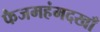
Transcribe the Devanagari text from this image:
फैजमहंमदखाँ